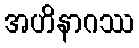
အဟိနာဂဿ